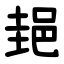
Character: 郌